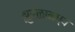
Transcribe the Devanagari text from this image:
झुरळामध्ये